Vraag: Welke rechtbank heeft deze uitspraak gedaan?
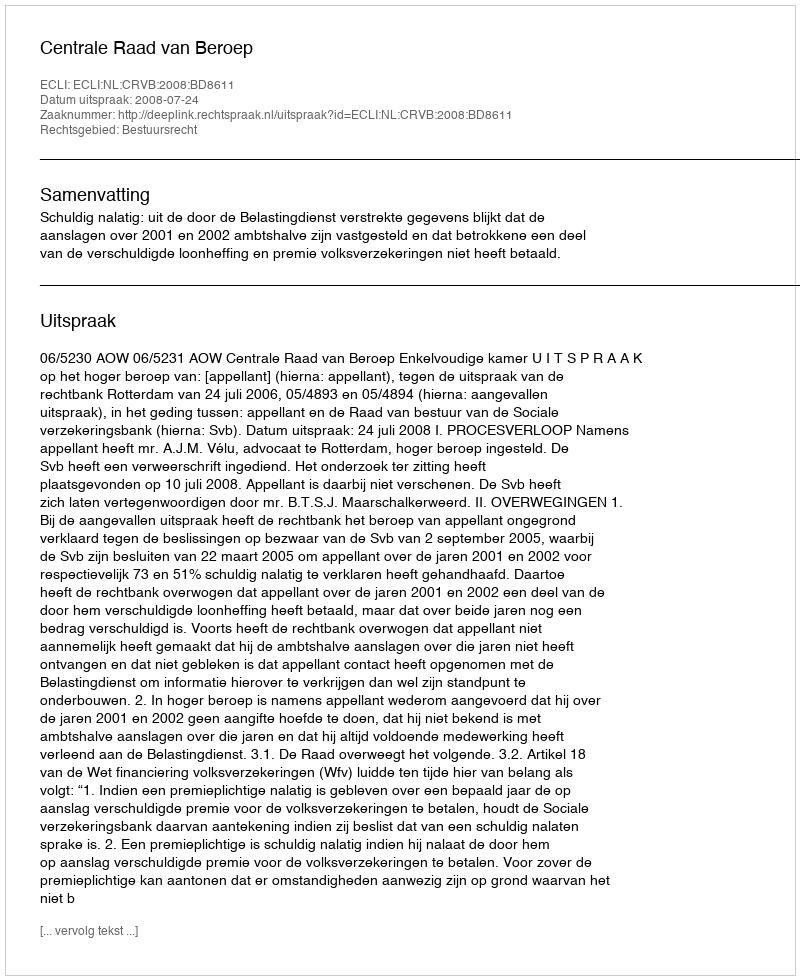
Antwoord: Centrale Raad van Beroep